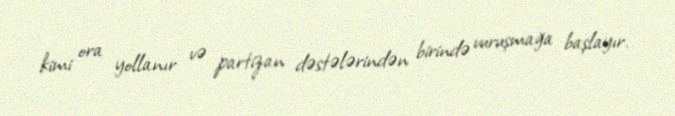
kimi ora yollanır və partizan dəstələrindən birində vuruşmağa başlayır.